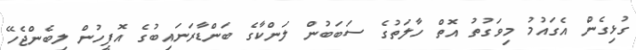
ގުޅިގެން އެގައުމު މިވަގުތު އޮތް ހާލަތުގެ ސަބަބުން ލަންކާގެ ބަންޑާރަނައިބުގެ އޮފީހުން ލިބެންޖެހޭ